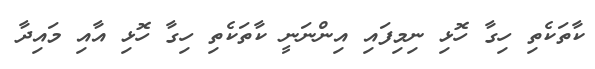
ކާތަކެތި ހިގާ ހޮޅި ނިމިފައި އިންނަނީ ކާތަކެތި ހިގާ ހޮޅި އާއި މައިދާ